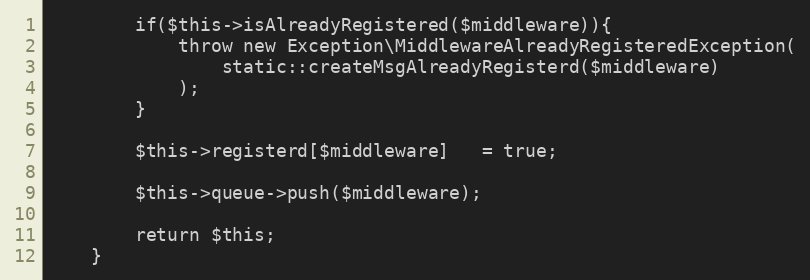
Language: PHP
        if($this->isAlreadyRegistered($middleware)){
            throw new Exception\MiddlewareAlreadyRegisteredException(
                static::createMsgAlreadyRegisterd($middleware)
            );
        }

        $this->registerd[$middleware]   = true;

        $this->queue->push($middleware);

        return $this;
    }